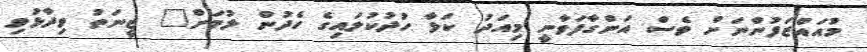
މުއައްޒަފުންނަށް ވެސް އަންގާފަވާނީ މިއަދު ކަޅާ ހުދުކުލައިގެ ހެދުން ލުމަށް" ޒީނަތު ވިދާޅުވި